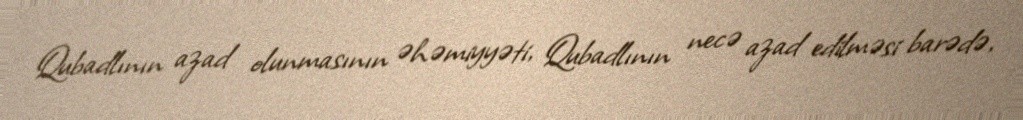
Qubadlının azad olunmasının əhəmiyyəti, Qubadlının necə azad edilməsi barədə,